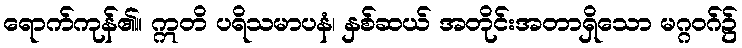
ရောက်ကုန်၏။ ဣတိ ပရိသမာပနံ၊ နှစ်ဆယ် အတိုင်းအတာရှိသော မဂ္ဂဝဂ်၌